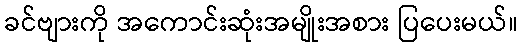
ခင်ဗျားကို အကောင်းဆုံးအမျိုးအစား ပြပေးမယ်။